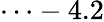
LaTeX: \cdots-4.2